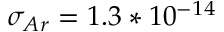
\sigma _ { A r } = 1 . 3 * 1 0 ^ { - 1 4 }